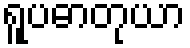
ရူပဓာတုယာ